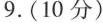
9. (10分)